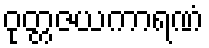
ဝုတ္တဇယကာရဏံ